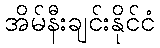
အိမ်နီးချင်းနိုင်ငံ